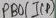
Text: PB0